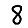
Digit: 8